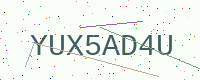
Text: YUX5AD4U